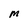
Character: M